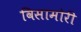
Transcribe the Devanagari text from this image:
विसामोरी